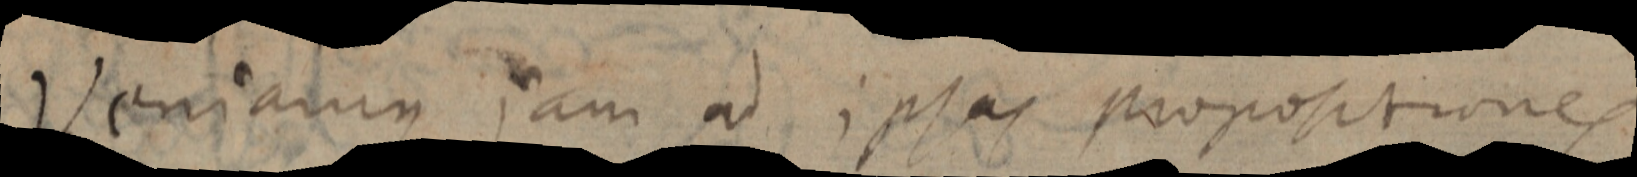
Veniamus jam ad ipsas proportiones